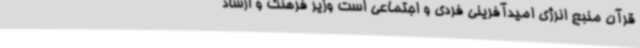
قرآن منبع انرژی امیدآفرینی فردی و اجتماعی است وزیر فرهنگ و ارشاد